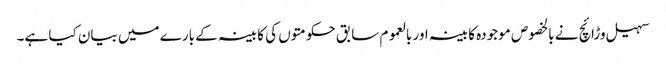
سہیل وڑائچ نے بالخصوص موجودہ کابینہ اور بالعموم سابق حکومتوں کی کابینہ کے بارے میں بیان کیا ہے۔